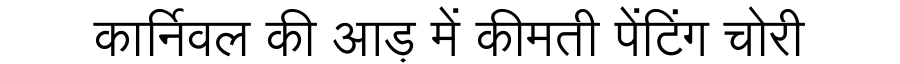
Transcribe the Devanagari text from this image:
कार्निवल की आड़ में कीमती पेंटिंग चोरी